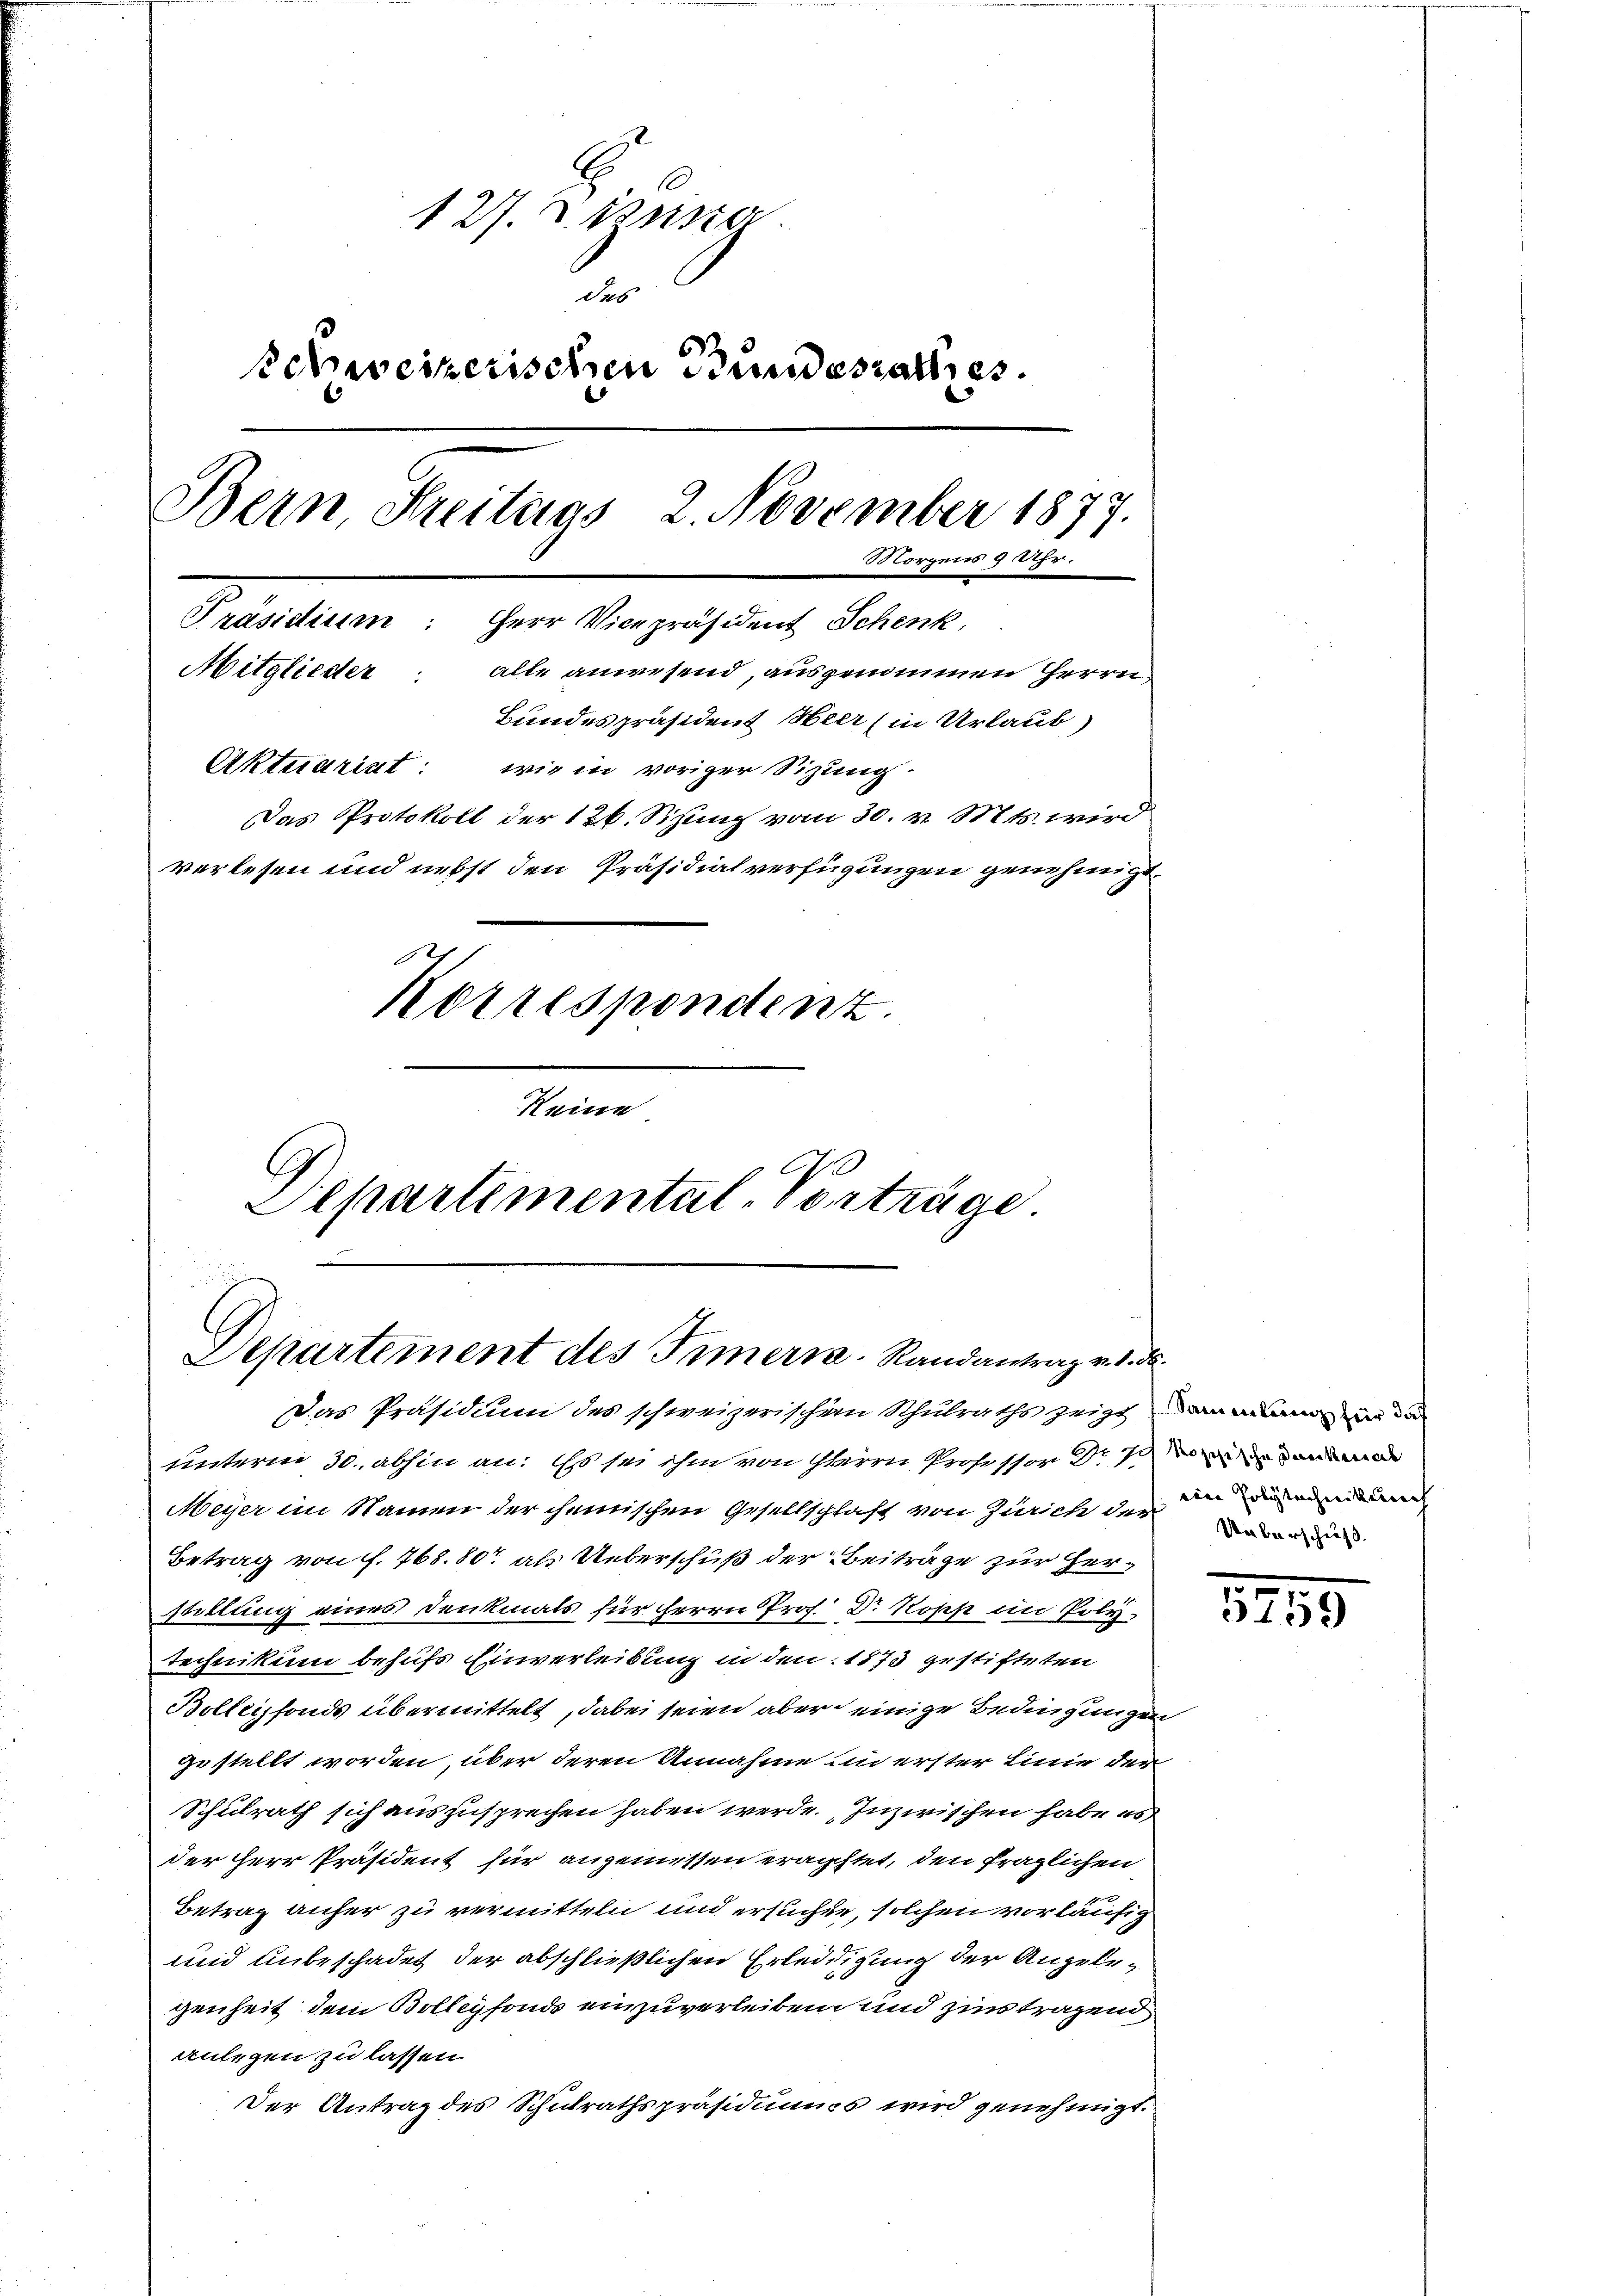
127. r. zusta
des
ehweizerischen Bundesrathes.
Bern, Streitags 2. November 1877.
Morgens 9 Uhr.
Präsidium: Herr Vicepräsident Schenk,
Mitglieder: alle anwesend, ausgenommen Herrn,
Bundespräsident Heer (in Urlaub
Aktuariat: wie in voriger Sitzung.
Das Protokoll der 126. Sizung vom 30. v. Mts. wird
verlesen und nebst den Präsidialverfügungen genehmigt.
Korrespondenz.
Keine
G
A
Separtemental-Vorträge

Departement des Timerss-Randantrag v. 1. d.
Das Präsidium des schweizerischem Schulraths zeigt an man in de

unterm 30. abhin an: Es sei ihm von Herrn Professor Dr. den
Meyer im Namen der chemischen Gesellschaft von Zürich der
Betrag von f. 765. 80 als Ueberschuß der Beiträge zur Herstillung eines Denkmals für Herrn Prof. Dr Kopp im Polytechnikum behufs Einverleibung in den 1873 gestifteten
Bollensfonds übermittelt, dabei seien aber einige Bedingungen
gestellt worden, über deren Annahme un erster Linie der
Schulrath sich auszusprechen haben werde. Inzwischen habe es
der Herr Präsident für angemessen erachtet, den fraglichen
Betrag anher zu vermitteln und ersuchen, solchen vorläufig
und unbeschadet der abschließlichen Erledigung der Angelegenheit dem Bollegfonds einzuverleiben und zinstragend
anlegen zu lassen.
Der Antrag des Schulrathspräsidiums wird genehmigt.

ain Polytechnittlich

1759